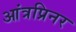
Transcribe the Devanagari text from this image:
आंत्रप्रिनर